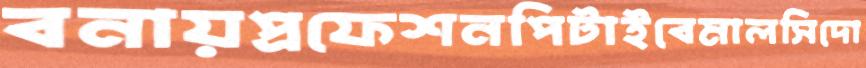
বনায়প্রফেশনপিটাইবেমালসিদো